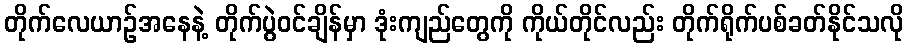
တိုက်လေယာဉ်အနေနဲ့ တိုက်ပွဲဝင်ချိန်မှာ ဒုံးကျည်တွေကို ကိုယ်တိုင်လည်း တိုက်ရိုက်ပစ်ခတ်နိုင်သလို